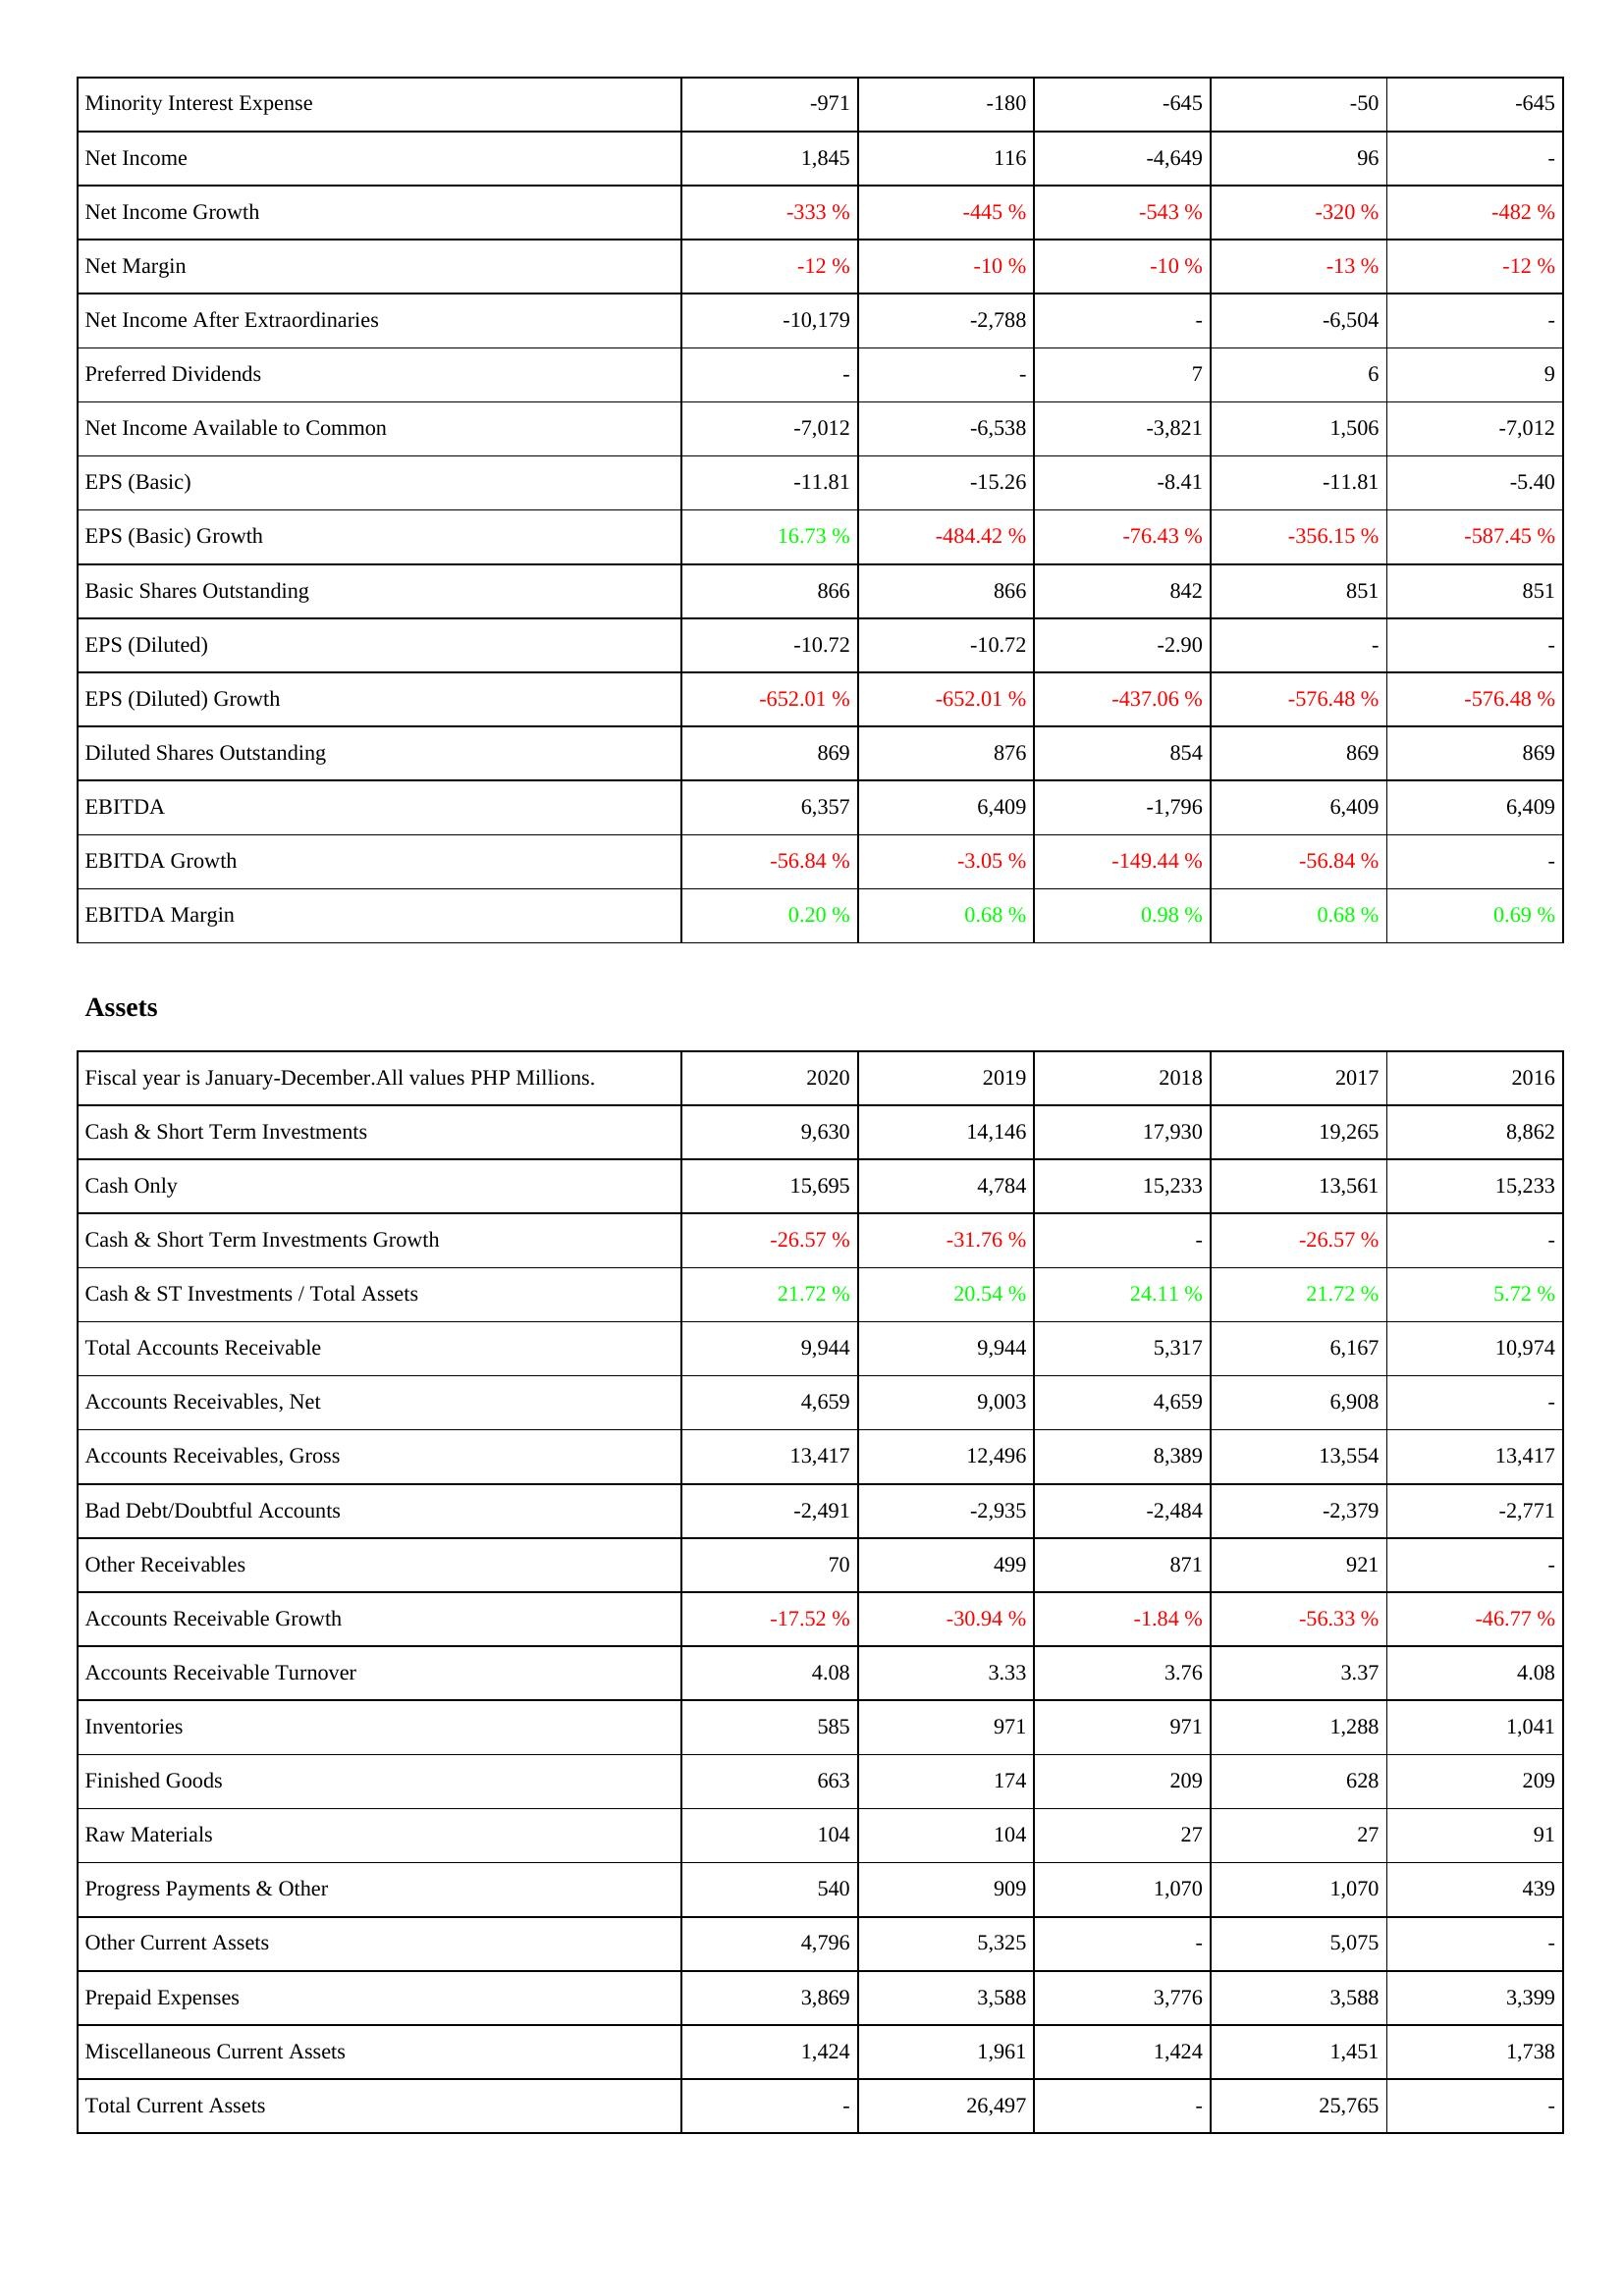
2020: Income Statement: Minority Interest Expense: -971
Net Income: 1,845
Net Income Growth: -333 %
Net Margin: -12 %
Net Income After Extraordinaries: -10,179
Preferred Dividends: -
Net Income Available to Common: -7,012
EPS (Basic): -11.81
EPS (Basic) Growth: 16.73 %
Basic Shares Outstanding: 866
EPS (Diluted): -10.72
EPS (Diluted) Growth: -652.01 %
Diluted Shares Outstanding: 869
EBITDA: 6,357
EBITDA Growth: -56.84 %
EBITDA Margin: 0.20 %
Assets: Cash & Short Term Investments: 9,630
Cash Only: 15,695
Cash & Short Term Investments Growth: -26.57 %
Cash & ST Investments / Total Assets: 21.72 %
Total Accounts Receivable: 9,944
Accounts Receivables, Net: 4,659
Accounts Receivables, Gross: 13,417
Bad Debt/Doubtful Accounts: -2,491
Other Receivables: 70
Accounts Receivable Growth: -17.52 %
Accounts Receivable Turnover: 4.08
Inventories: 585
Finished Goods: 663
Raw Materials: 104
Progress Payments & Other: 540
Other Current Assets: 4,796
Prepaid Expenses: 3,869
Miscellaneous Current Assets: 1,424
Total Current Assets: -
2019: Income Statement: Minority Interest Expense: -180
Net Income: 116
Net Income Growth: -445 %
Net Margin: -10 %
Net Income After Extraordinaries: -2,788
Preferred Dividends: -
Net Income Available to Common: -6,538
EPS (Basic): -15.26
EPS (Basic) Growth: -484.42 %
Basic Shares Outstanding: 866
EPS (Diluted): -10.72
EPS (Diluted) Growth: -652.01 %
Diluted Shares Outstanding: 876
EBITDA: 6,409
EBITDA Growth: -3.05 %
EBITDA Margin: 0.68 %
Assets: Cash & Short Term Investments: 14,146
Cash Only: 4,784
Cash & Short Term Investments Growth: -31.76 %
Cash & ST Investments / Total Assets: 20.54 %
Total Accounts Receivable: 9,944
Accounts Receivables, Net: 9,003
Accounts Receivables, Gross: 12,496
Bad Debt/Doubtful Accounts: -2,935
Other Receivables: 499
Accounts Receivable Growth: -30.94 %
Accounts Receivable Turnover: 3.33
Inventories: 971
Finished Goods: 174
Raw Materials: 104
Progress Payments & Other: 909
Other Current Assets: 5,325
Prepaid Expenses: 3,588
Miscellaneous Current Assets: 1,961
Total Current Assets: 26,497
2018: Income Statement: Minority Interest Expense: -645
Net Income: -4,649
Net Income Growth: -543 %
Net Margin: -10 %
Net Income After Extraordinaries: -
Preferred Dividends: 7
Net Income Available to Common: -3,821
EPS (Basic): -8.41
EPS (Basic) Growth: -76.43 %
Basic Shares Outstanding: 842
EPS (Diluted): -2.90
EPS (Diluted) Growth: -437.06 %
Diluted Shares Outstanding: 854
EBITDA: -1,796
EBITDA Growth: -149.44 %
EBITDA Margin: 0.98 %
Assets: Cash & Short Term Investments: 17,930
Cash Only: 15,233
Cash & Short Term Investments Growth: -
Cash & ST Investments / Total Assets: 24.11 %
Total Accounts Receivable: 5,317
Accounts Receivables, Net: 4,659
Accounts Receivables, Gross: 8,389
Bad Debt/Doubtful Accounts: -2,484
Other Receivables: 871
Accounts Receivable Growth: -1.84 %
Accounts Receivable Turnover: 3.76
Inventories: 971
Finished Goods: 209
Raw Materials: 27
Progress Payments & Other: 1,070
Other Current Assets: -
Prepaid Expenses: 3,776
Miscellaneous Current Assets: 1,424
Total Current Assets: -
2017: Income Statement: Minority Interest Expense: -50
Net Income: 96
Net Income Growth: -320 %
Net Margin: -13 %
Net Income After Extraordinaries: -6,504
Preferred Dividends: 6
Net Income Available to Common: 1,506
EPS (Basic): -11.81
EPS (Basic) Growth: -356.15 %
Basic Shares Outstanding: 851
EPS (Diluted): -
EPS (Diluted) Growth: -576.48 %
Diluted Shares Outstanding: 869
EBITDA: 6,409
EBITDA Growth: -56.84 %
EBITDA Margin: 0.68 %
Assets: Cash & Short Term Investments: 19,265
Cash Only: 13,561
Cash & Short Term Investments Growth: -26.57 %
Cash & ST Investments / Total Assets: 21.72 %
Total Accounts Receivable: 6,167
Accounts Receivables, Net: 6,908
Accounts Receivables, Gross: 13,554
Bad Debt/Doubtful Accounts: -2,379
Other Receivables: 921
Accounts Receivable Growth: -56.33 %
Accounts Receivable Turnover: 3.37
Inventories: 1,288
Finished Goods: 628
Raw Materials: 27
Progress Payments & Other: 1,070
Other Current Assets: 5,075
Prepaid Expenses: 3,588
Miscellaneous Current Assets: 1,451
Total Current Assets: 25,765
2016: Income Statement: Minority Interest Expense: -645
Net Income: -
Net Income Growth: -482 %
Net Margin: -12 %
Net Income After Extraordinaries: -
Preferred Dividends: 9
Net Income Available to Common: -7,012
EPS (Basic): -5.40
EPS (Basic) Growth: -587.45 %
Basic Shares Outstanding: 851
EPS (Diluted): -
EPS (Diluted) Growth: -576.48 %
Diluted Shares Outstanding: 869
EBITDA: 6,409
EBITDA Growth: -
EBITDA Margin: 0.69 %
Assets: Cash & Short Term Investments: 8,862
Cash Only: 15,233
Cash & Short Term Investments Growth: -
Cash & ST Investments / Total Assets: 5.72 %
Total Accounts Receivable: 10,974
Accounts Receivables, Net: -
Accounts Receivables, Gross: 13,417
Bad Debt/Doubtful Accounts: -2,771
Other Receivables: -
Accounts Receivable Growth: -46.77 %
Accounts Receivable Turnover: 4.08
Inventories: 1,041
Finished Goods: 209
Raw Materials: 91
Progress Payments & Other: 439
Other Current Assets: -
Prepaid Expenses: 3,399
Miscellaneous Current Assets: 1,738
Total Current Assets: -